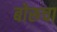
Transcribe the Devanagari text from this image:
बोरूचा